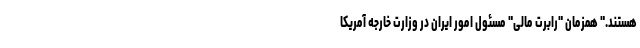
هستند." همزمان "رابرت مالی" مسئول امور ایران در وزارت خارجه آمریکا